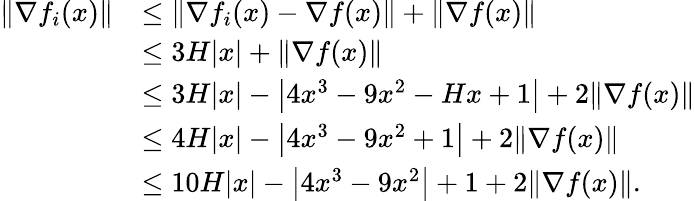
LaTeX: \begin{array}{rl}{\| \nabla f_{i}(x)\| }&{\leq\| \nabla f_{i}(x)-\nabla f(x)\| +\| \nabla f(x)\| }\\ &{\leq 3H|x|+\| \nabla f(x)\| }\\ &{\leq 3H|x|-\left|4x^{3}-9x^{2}-Hx+1\right|+2\| \nabla f(x)\| }\\ &{\leq 4H|x|-\left|4x^{3}-9x^{2}+1\right|+2\| \nabla f(x)\| }\\ &{\leq 10H|x|-\left|4x^{3}-9x^{2}\right|+1+2\| \nabla f(x)\| .}\end{array}